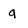
Character: q